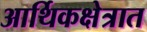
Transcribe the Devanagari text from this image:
आर्थिकक्षेत्रात